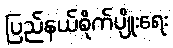
ပြည်နယ်စိုက်ပျိုးရေး